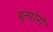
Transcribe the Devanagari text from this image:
बुन्योरो